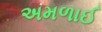
અમળાઈ